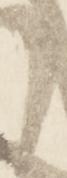
と